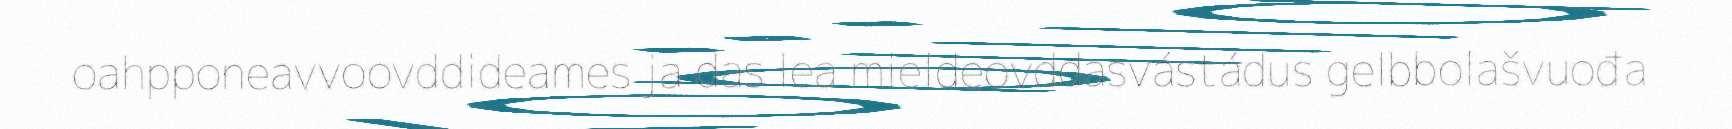
oahpponeavvoovddideames ja das lea mieldeovddasvástádus gelbbolašvuođa